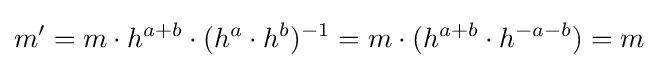
m'=m\cdot h^{a+b}\cdot (h^{a}\cdot h^{b})^{-1}=m\cdot (h^{a+b}\cdot h^{-a-b})=m